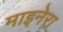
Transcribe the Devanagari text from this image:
माइनेरा